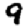
Digit: 9